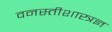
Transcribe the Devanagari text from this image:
वनस्तीशास्त्रज्ञ